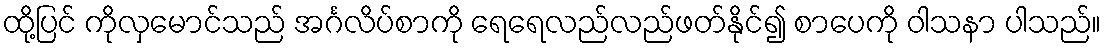
ထို့ပြင် ကိုလှမောင်သည် အင်္ဂလိပ်စာကို ရေရေလည်လည်ဖတ်နိုင်၍ စာပေကို ဝါသနာ ပါသည်။